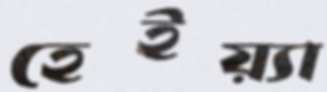
হেইয়্যা